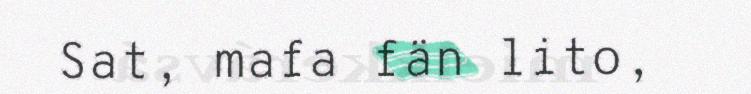
Sat, mafa fän lito,